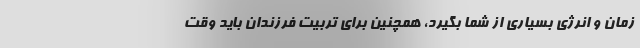
زمان و انرژی بسیاری از شما بگیرد، همچنین برای تربیت فرزندان باید وقت